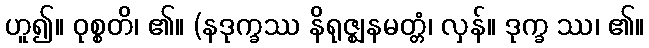
ဟူ၍။ ဝုစ္စတိ၊ ၏။ (နဒုက္ခဿ နိရုဇ္ဈနမတ္တံ၊ လှန်။ ဒုက္ခ ဿ၊ ၏။